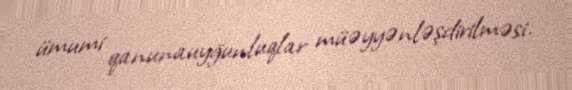
ümumi qanunauyğunluqlar müəyyənləşdirilməsi.